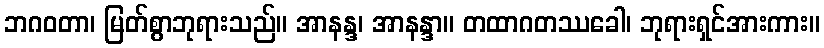
ဘဂဝတာ၊ မြတ်စွာဘုရားသည်။ အာနန္ဒ၊ အာနန္ဒာ။ တထာဂတဿခေါ၊ ဘုရားရှင်အားကား။